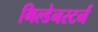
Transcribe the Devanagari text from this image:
गिल्डेनस्टर्न